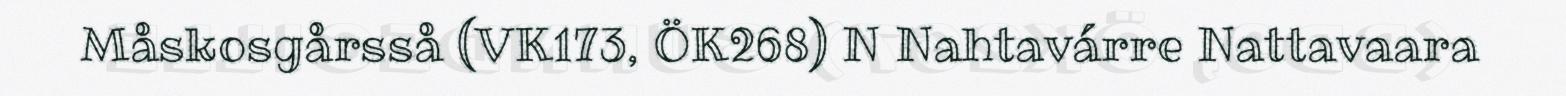
Måskosgårsså (VK173, ÖK268) N Nahtavárre Nattavaara